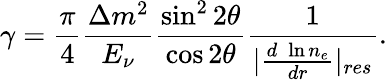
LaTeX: \gamma=\frac{\pi}{4}\frac{\Delta m^{2}}{E_{\nu}}\frac{\sin^{2}2\theta}{\cos 2\theta}\frac{1}{|\frac{d\; \ln n_{e}}{dr}|_{res}}.